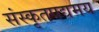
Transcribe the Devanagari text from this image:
संस्कृतपद्यमय